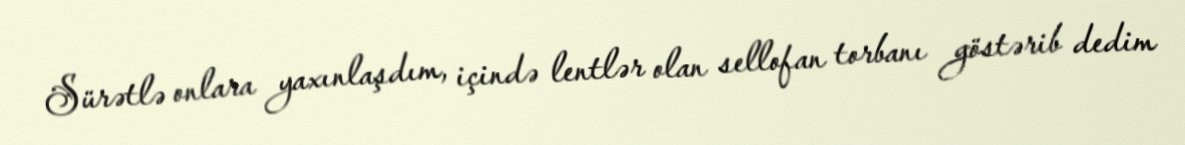
Sürətlə onlara yaxınlaşdım, içində lentlər olan sellofan torbanı göstərib dedim